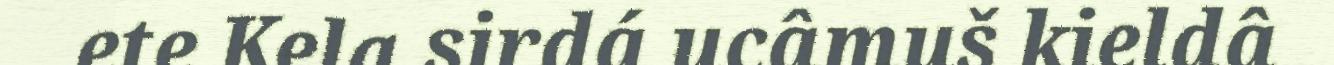
ete Kela sirdá ucâmuš kieldâ